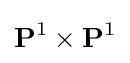
\mathbf {P} ^{1}\times \mathbf {P} ^{1}